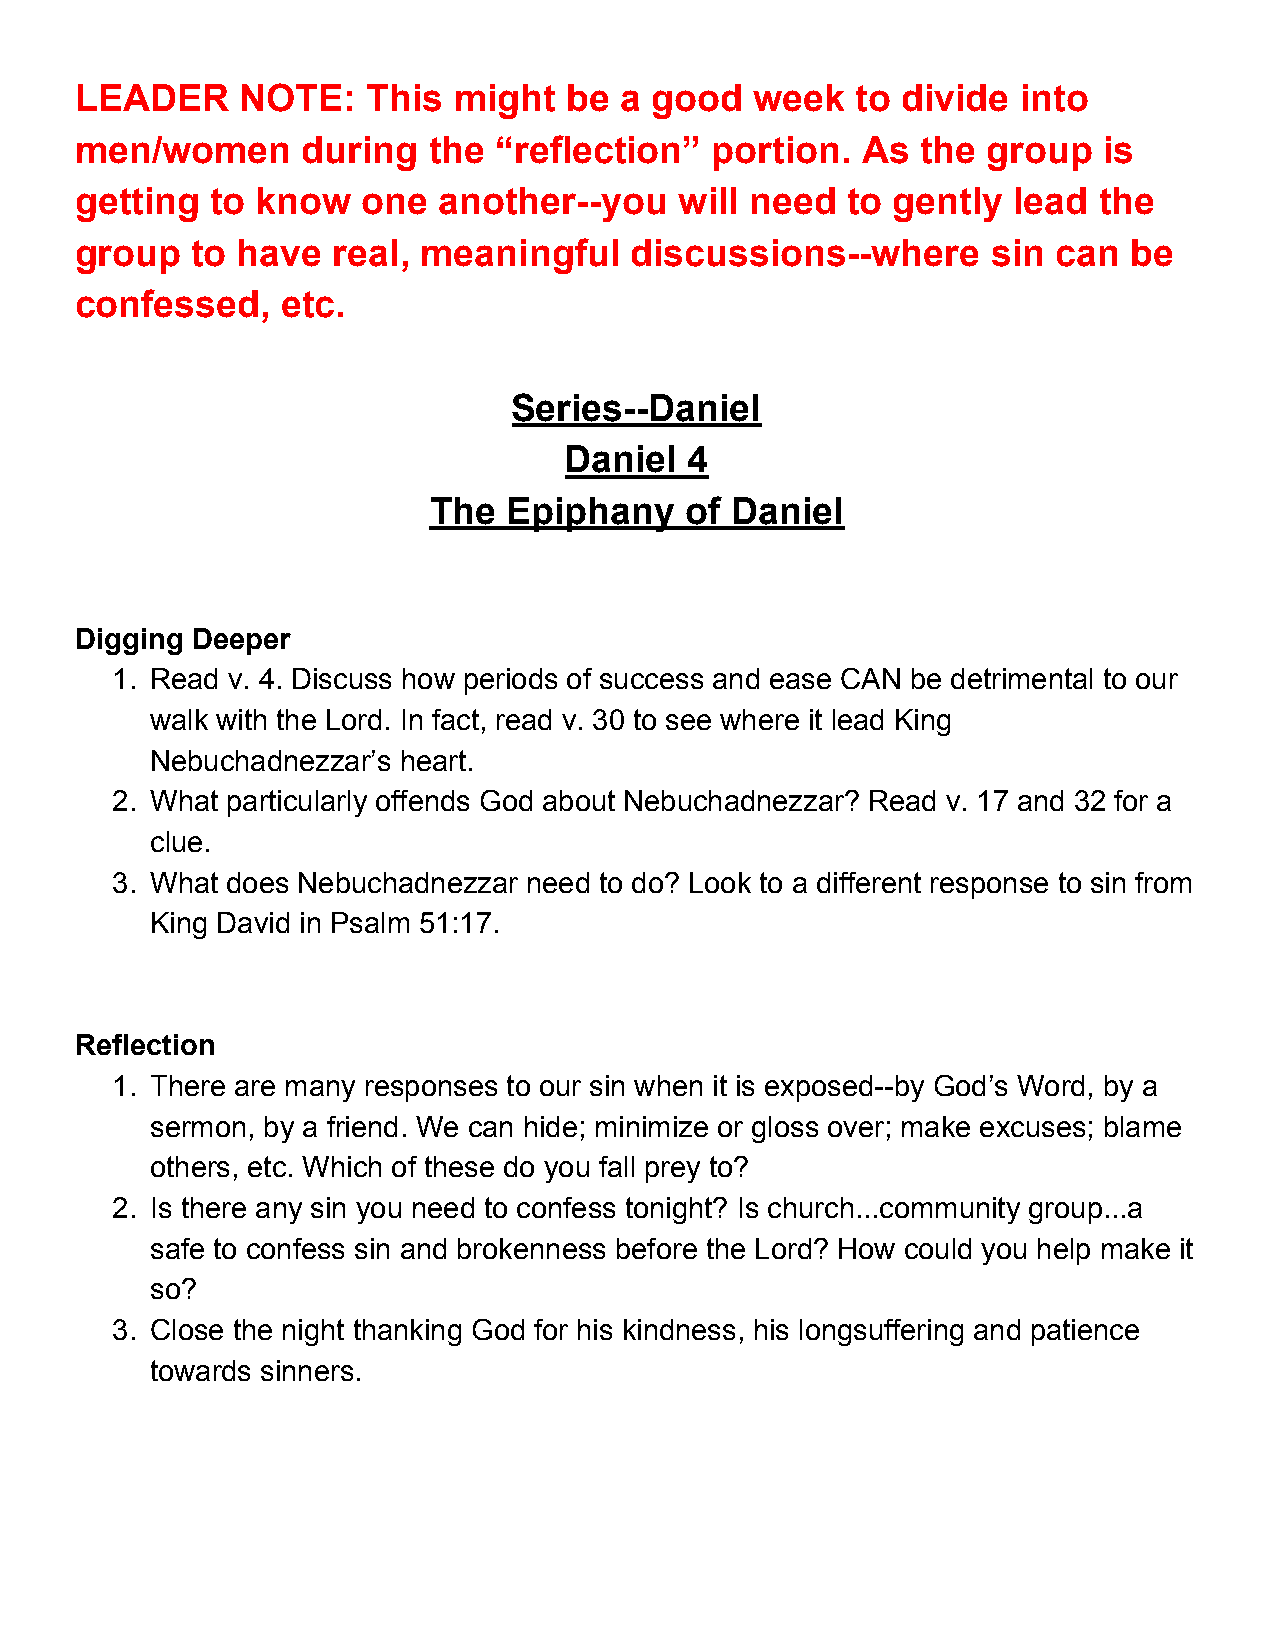
LEADER     NOTE:   This  might   be a good   week   to divide  into
 men/women      during  the  “reflection”  portion.  As  the group   is
 getting  to know   one  another--you    will need  to gently  lead  the
 group   to have  real, meaningful    discussions--where      sin can  be
 confessed,    etc.
 Series--Daniel
 Daniel  4
 The   Epiphany   of Daniel
 Digging Deeper
 1. Read v. 4. Discuss how periods of success and ease CAN be detrimental to our
 walk with the Lord. In fact, read v. 30 to see where it lead King
 Nebuchadnezzar’s heart.
 2. What particularly offends God about Nebuchadnezzar? Read v. 17 and 32 for a
 clue.
 3. What does Nebuchadnezzar need to do? Look to a different response to sin from
 King David in Psalm 51:17.
 Reflection
 1. There are many responses to our sin when it is exposed--by God’s Word, by a
 sermon, by a friend. We can hide; minimize or gloss over; make excuses; blame
 others, etc. Which of these do you fall prey to?
 2. Is there any sin you need to confess tonight? Is church...community group...a
 safe to confess sin and brokenness before the Lord? How could you help make it
 so?
 3. Close the night thanking God for his kindness, his longsuffering and patience
 towards sinners.